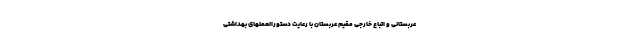
عربستانی و اتباع خارجی مقیم عربستان با رعایت دستورالعملهای بهداشتی